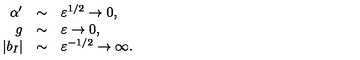
\begin{array} { r c l } { \alpha ^ { \prime } } & { \sim } & { \varepsilon ^ { 1 / 2 } \to 0 , } \\ { g } & { \sim } & { \varepsilon \to 0 , } \\ { | b _ { I } | } & { \sim } & { \varepsilon ^ { - 1 / 2 } \to \infty . } \\ \end{array}